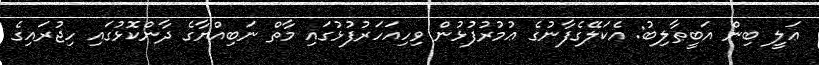
ޢަލީ ބިން އަބީޠާލިބު: އެކަލޭގެފާނުގެ ޢުމުރުފުޅުން ވިހިއަހަރުފުޅުގައި މާތް ނަބިއްޔާގެ ދާންކޮޅުގައި ހިޖުރައިގެ